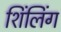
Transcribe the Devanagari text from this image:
शिंलिंग